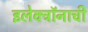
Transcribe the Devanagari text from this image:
इलेक्ट्रॉनाची